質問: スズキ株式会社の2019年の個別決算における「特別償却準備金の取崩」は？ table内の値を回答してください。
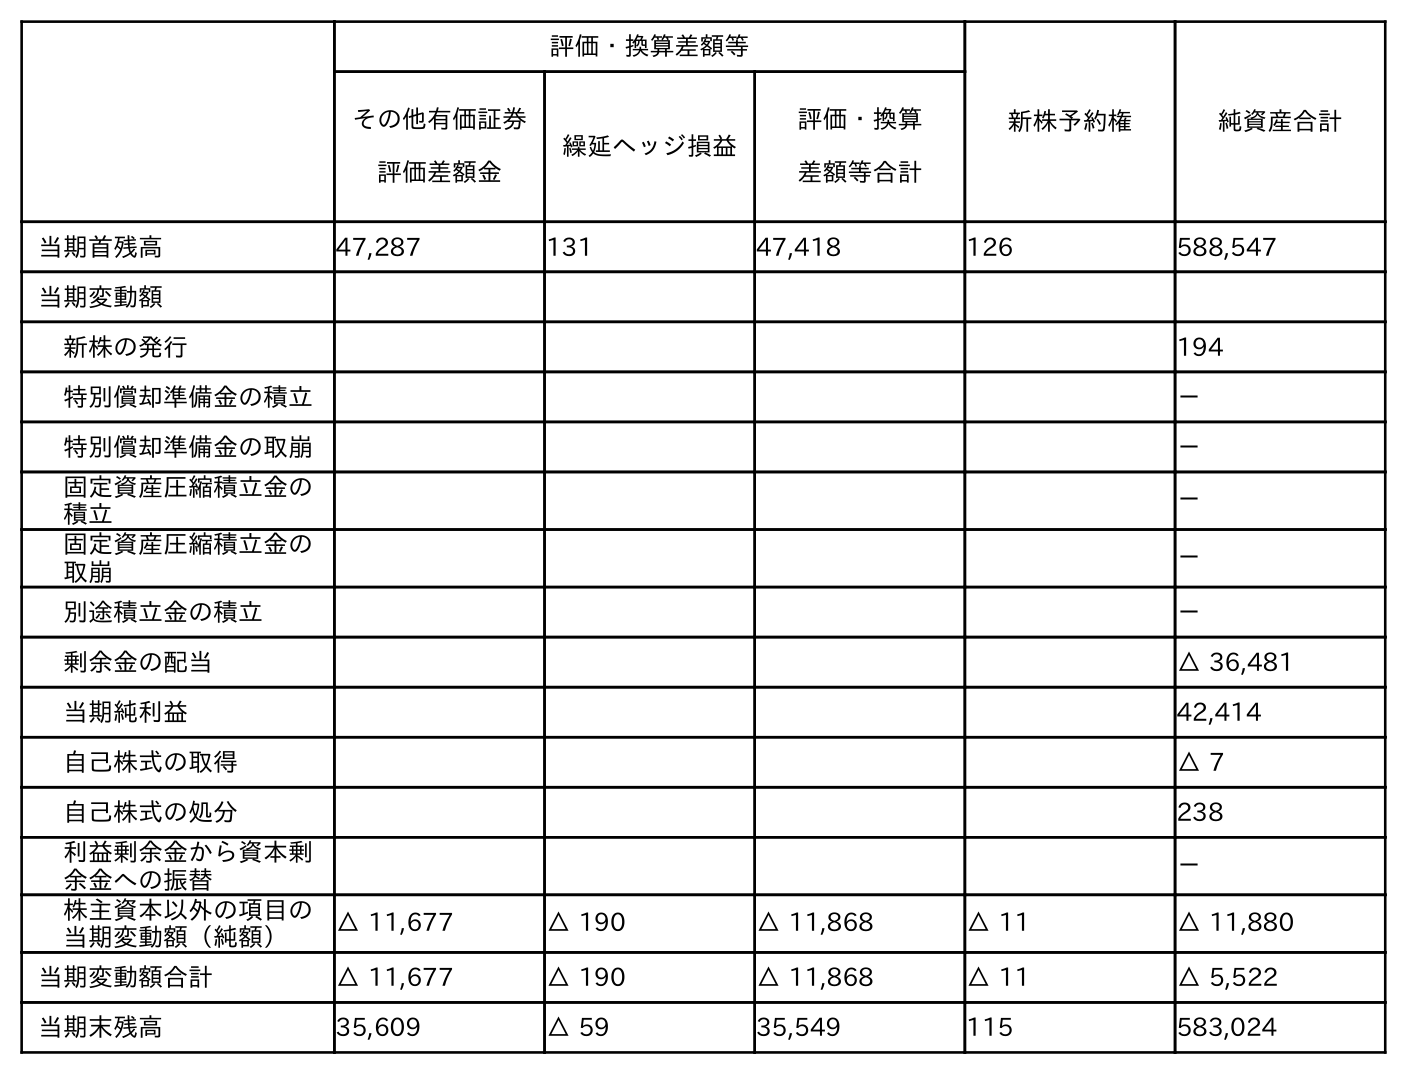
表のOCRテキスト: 評価・換算差額等 新株予約権 純資産合計 その他有価証券 評価差額金 繰延ヘッジ損益 評価・換算 差額等合計 当期首残高 47,287 131 47,418 126 588,547 当期変動額 新株の発行 194 特別償却準備金の積立 － 特別償却準備金の取崩 － 固定資産圧縮積立金の 積立 － 固定資産圧縮積立金の 取崩 － 別途積立金の積立 － 剰余金の配当 △ 36,481 当期純利益 42,414 自己株式の取得 △ 7 自己株式の処分 238 利益剰余金から資本剰 余金への振替 － 株主資本以外の項目の 当期変動額（純額） △ 11,677 △ 190 △ 11,868 △ 11 △ 11,880 当期変動額合計 △ 11,677 △ 190 △ 11,868 △ 11 △ 5,522 当期末残高 35,609 △ 59 35,549 115 583,024
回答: －